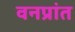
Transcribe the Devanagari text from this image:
वनप्रांत